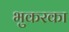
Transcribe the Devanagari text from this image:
भुकरका